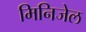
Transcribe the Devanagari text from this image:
मिनिजेल